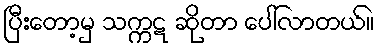
ပြီးတော့မှ သက္ကဋ ဆိုတာ ပေါ်လာတယ်။